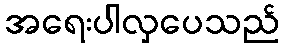
အရေးပါလှပေသည်